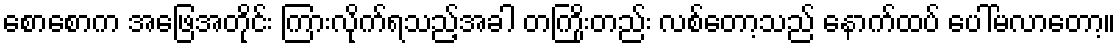
စောစောက အဖြေအတိုင်း ကြားလိုက်ရသည့်အခါ တကြိုးတည်း လစ်တော့သည် နောက်ထပ် ပေါ်မလာတော့။